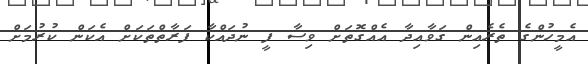
އެމީހުންގެ ތެރެއިން ގަވާއިދާ އެއްގޮތަށް ވިސާ ފީ ނުދައްކާ ފަރާތްތަކަށް އެކަން ކުރުމަށް